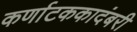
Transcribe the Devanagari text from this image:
कर्णाटककादंबरी